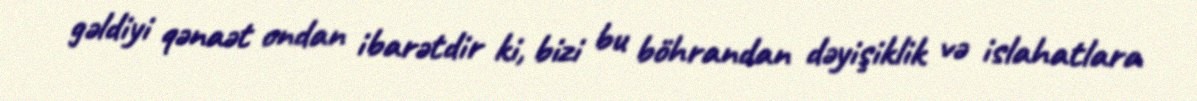
gəldiyi qənaət ondan ibarətdir ki, bizi bu böhrandan dəyişiklik və islahatlara